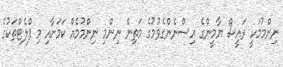
ނިންމުމަކީ ރައީސް ޔާމީންގެ އިސްނެންގެވުމުގެ މަތިން ނިންމި ނިންމުމެއް ކަމަށާއި މި ފްލެޓްތަކުގެ